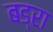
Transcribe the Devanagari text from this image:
बड्रा